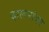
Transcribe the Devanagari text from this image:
दालनांवर